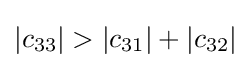
|c_{33}|>|c_{31}|+|c_{32}|